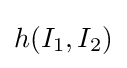
h(I_{1},I_{2})